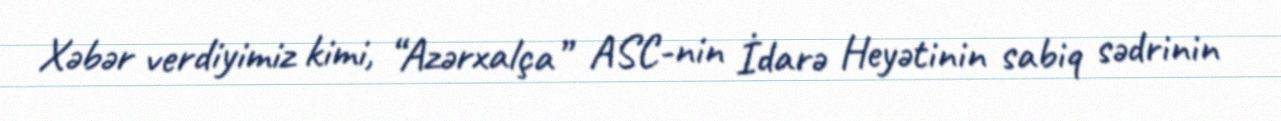
Xəbər verdiyimiz kimi, “Azərxalça” ASC-nin İdarə Heyətinin sabiq sədrinin